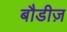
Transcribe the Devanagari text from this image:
बौडीज़